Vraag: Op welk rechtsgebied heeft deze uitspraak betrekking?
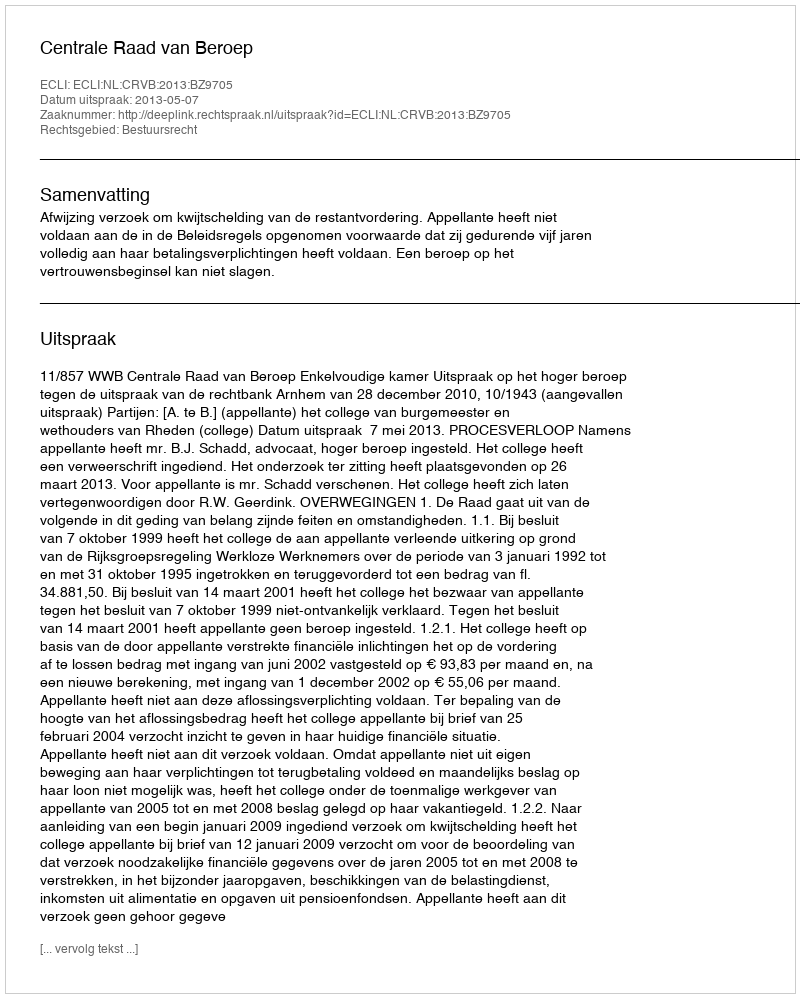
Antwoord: Bestuursrecht